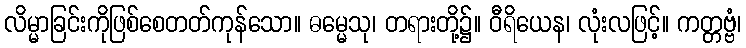
လိမ္မာခြင်းကိုဖြစ်စေတတ်ကုန်သော။ ဓမ္မေသု၊ တရားတို့၌။ ဝီရိယေန၊ လုံးလဖြင့်။ ကတ္တဗ္ဗံ၊